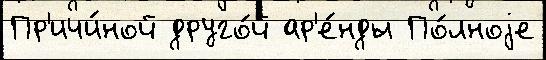
Пр'ичи́ной друго́й ар'е́нды По́лноjе